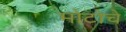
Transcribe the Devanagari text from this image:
मोटोचे